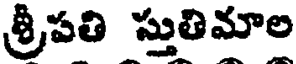
శ్రీపతి స్తుతిమాల